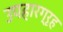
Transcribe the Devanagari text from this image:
उपहारग्रृह